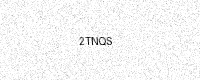
Text: 2TNQS